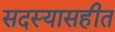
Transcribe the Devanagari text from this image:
सदस्यासहीत